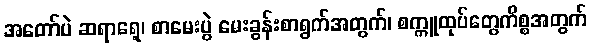
အတော်ပဲ ဆရာရေ့၊ စာမေးပွဲ မေးခွန်းစာရွက်အတွက်၊ စက္ကူထုပ်တွေကိစ္စအတွက်